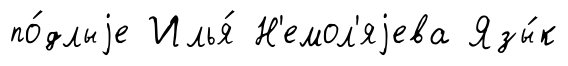
по́длыjе Илья́ Н'емол'яjева Язы́к